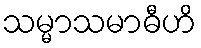
သမ္မာသမာဓီဟိ